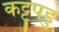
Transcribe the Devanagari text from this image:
कट्टुपडु